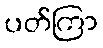
ပတ်ကြာ